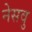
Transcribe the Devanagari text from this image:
नेसवु